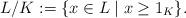
LaTeX: \begin{align*}L/K:=\{x \in L \mid x\geq 1_K\}.\end{align*}